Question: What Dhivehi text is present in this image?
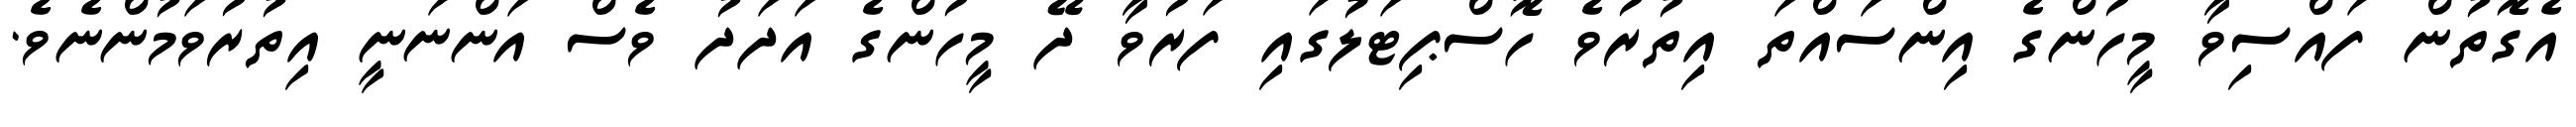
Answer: އެގޮތުން ފައްސިވާ މީހުންގެ އިންސައްތަ އިތުރުވެ ހޮސްޕިޓަލުގައި ފަރުވާ ދޭ މީހުންގެ އަދަދު ވެސް އަންނަނީ އިތުރުވަމުންނެވެ.